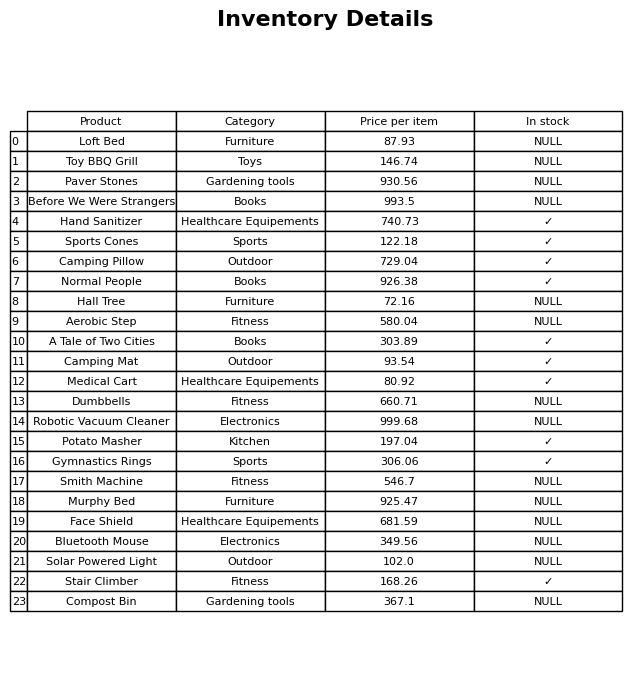
question: What is the price for Face Shield?
answer: The price of Face Shield is 681.59.